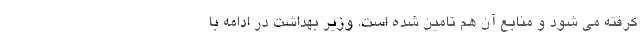
گرفته می شود و منابع آن هم تامین شده است. وزیر بهداشت در ادامه با